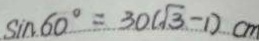
\sin 6 0 ^ { \circ } = 3 0 ( \sqrt { 3 } - 1 ) c m